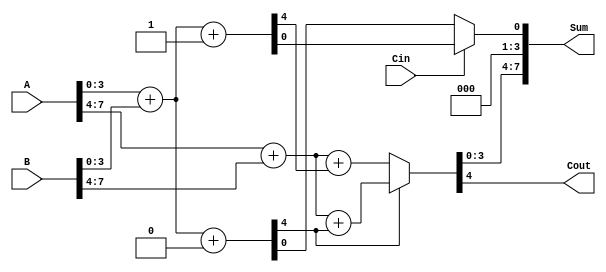
module CarrySelectAdder (
    input [7:0] A,      // 8-bit input A
    input [7:0] B,      // 8-bit input B
    input Cin,          // Carry-in
    output [7:0] Sum,   // 8-bit sum output
    output Cout         // Carry-out
);

    // Internal signals for the two segments
    wire [3:0] Sum0_0, Sum0_1, Sum1_0, Sum1_1; // Sums for each segment
    wire Cout0_0, Cout0_1, Cout1_0, Cout1_1;   // Carry outs for each segment

    // First segment (A[3:0], B[3:0])
    // Adder assuming Cin = 0
    assign {Cout0_0, Sum0_0} = A[3:0] + B[3:0] + 4'b0000;
    // Adder assuming Cin = 1
    assign {Cout0_1, Sum0_1} = A[3:0] + B[3:0] + 4'b0001;

    // Second segment (A[7:4], B[7:4])
    // Adder assuming Cin = Cout0_0
    assign {Cout1_0, Sum1_0} = A[7:4] + B[7:4] + Cout0_0;
    // Adder assuming Cin = Cout0_1
    assign {Cout1_1, Sum1_1} = A[7:4] + B[7:4] + Cout0_1;

    // Mux to select the correct sum for the first segment
    wire selected_sum0;
    assign selected_sum0 = Cin ? Sum0_1 : Sum0_0;

    // Mux to select the correct sum for the second segment
    assign {Cout, Sum[7:4]} = Cout0_0 ? {Cout1_0, Sum1_0} : {Cout1_1, Sum1_1};

    // Final sum output
    assign Sum[3:0] = selected_sum0;

endmodule